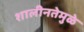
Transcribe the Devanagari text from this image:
शालीनतेमुळे